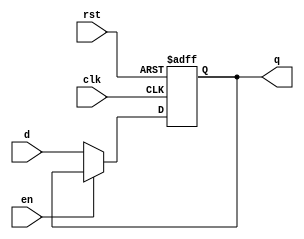
//Code by Shashank Shivashankar - 08/30/2020
//Asynchronous active LOW reset and active LOW enable 

module dff4_dut(d, clk, rst, en, q);
input d, clk, rst, en;
output q;
wire d, clk, rst, en;
reg q;

always@(posedge clk or negedge rst)
begin
    if(rst == 0)
    begin
    q <= 0;
    end
    else
    begin
        if(en == 1)
        begin
            q <= q;
        end
        else
        begin
            q <= d;
        end
    end
end
endmodule